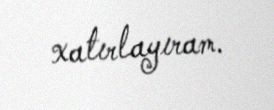
xatırlayıram.